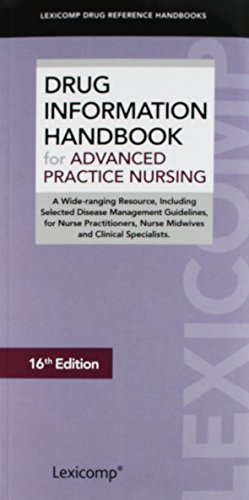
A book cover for Drug Information Handbook for Advanced Practice Nursing; Medical Books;